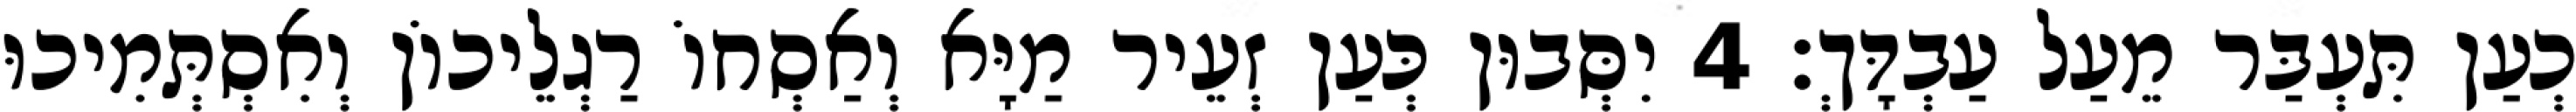
כְעַן תִּעְבַּר מֵעַל עַבְדָּךְ׃ 4 יִסְּבוּן כְּעַן זְעֵיר מַיָּא וְאַסְחוֹ רַגְלֵיכוֹן וְאִסְתְּמִיכוּ